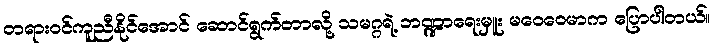
တရားဝင်ကူညီနိုင်အောင် ဆောင်ရွက်တာလို့ သမဂ္ဂရဲ့ ဘဏ္ဍာရေးမှူး မဝေဝေမာက ပြောပါတယ်။